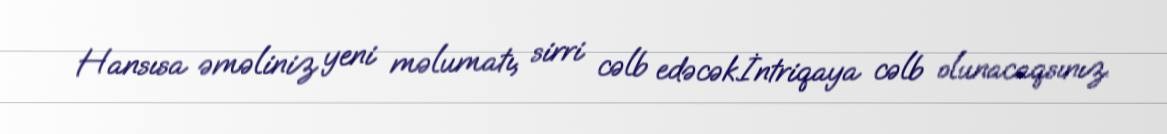
Hansısa əməliniz yeni məlumatı, sirri cəlb edəcək.İntriqaya cəlb olunacaqsınız.